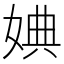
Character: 婰